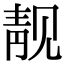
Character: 靓